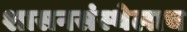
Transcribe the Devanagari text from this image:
शासनसंस्थेलाच